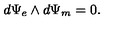
d \Psi _ { e } \wedge d \Psi _ { m } = 0 .